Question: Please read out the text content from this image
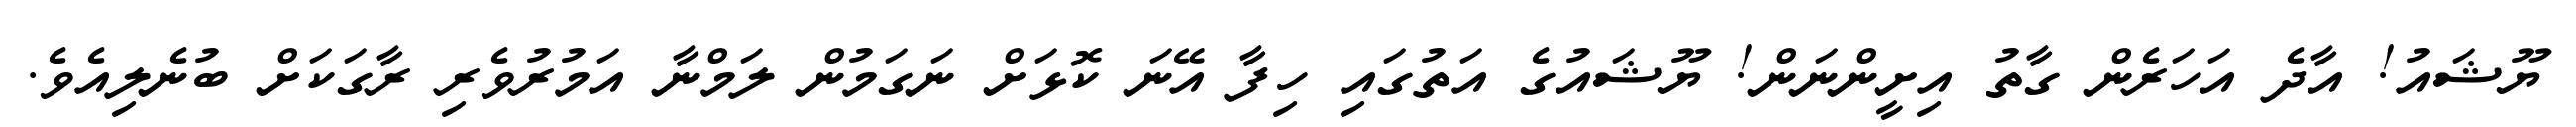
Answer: ޔޫޝައު! އާދެ އަހަރެން ގާތު އިށީންނަން! ޔޫޝައުގެ އަތުގައި ހިފާ އޭނަ ކޮޅަށް ނަގަމުން ލަމްނާ އަމުރުވެރި ރާގަކަށް ބުނެލިއެވެ.